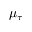
\mu _ { \tau }